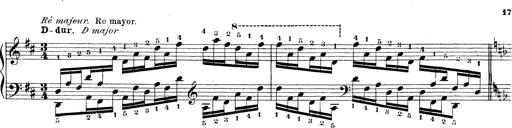
Title: Technische Studien
Composer: Franz Liszt